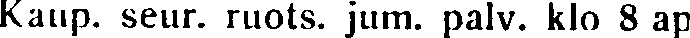
Kaup. seur. ruots. jum. palv. klo 8 ap